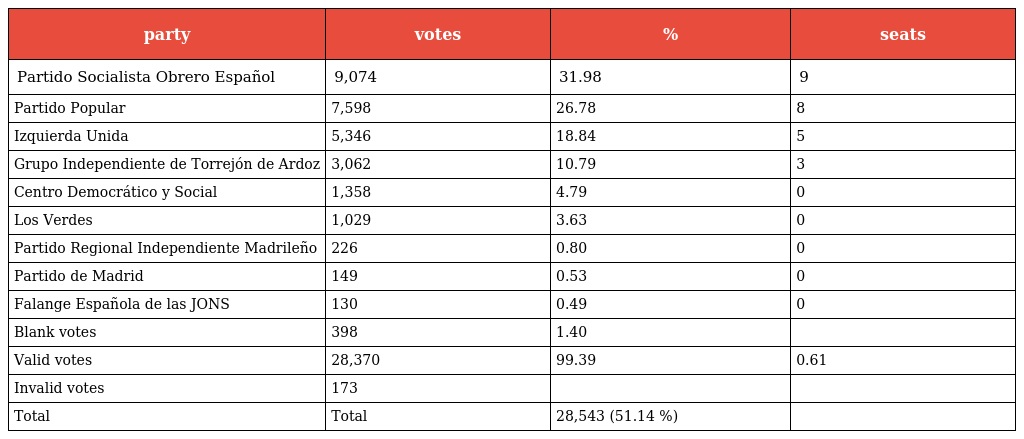
| party | votes | % | seats |
 | --- | --- | --- | --- |
 | Partido Socialista Obrero Español | 9,074 | 31.98 | 9 |
 | Partido Popular | 7,598 | 26.78 | 8 |
 | Izquierda Unida | 5,346 | 18.84 | 5 |
 | Grupo Independiente de Torrejón de Ardoz | 3,062 | 10.79 | 3 |
 | Centro Democrático y Social | 1,358 | 4.79 | 0 |
 | Los Verdes | 1,029 | 3.63 | 0 |
 | Partido Regional Independiente Madrileño | 226 | 0.80 | 0 |
 | Partido de Madrid | 149 | 0.53 | 0 |
 | Falange Española de las JONS | 130 | 0.49 | 0 |
 | Blank votes | 398 | 1.40 |  |
 | Valid votes | 28,370 | 99.39 | 0.61 |
 | Invalid votes | 173 |  |  |
 | Total | Total | 28,543 (51.14 %) |  |